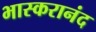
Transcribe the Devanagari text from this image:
भास्‍करानंद